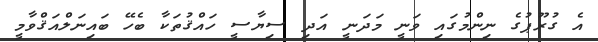
އެ ގުރޫޕުގެ ނިންމުގައި ވަނީ މަދަނީ އަދި ސިޔާސީ ހައްޤުތަކާ ބެހޭ ބައިނަލްއަޤްވާމީ